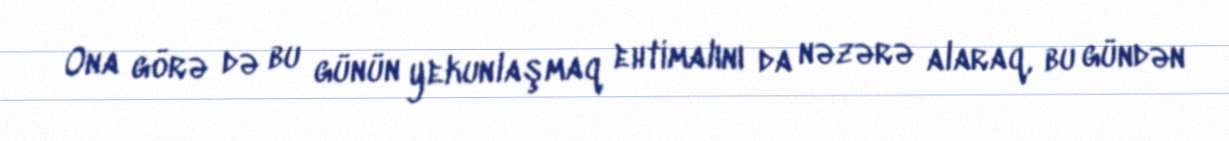
Ona görə də bu günün yekunlaşmaq ehtimalını da nəzərə alaraq, bu gündən